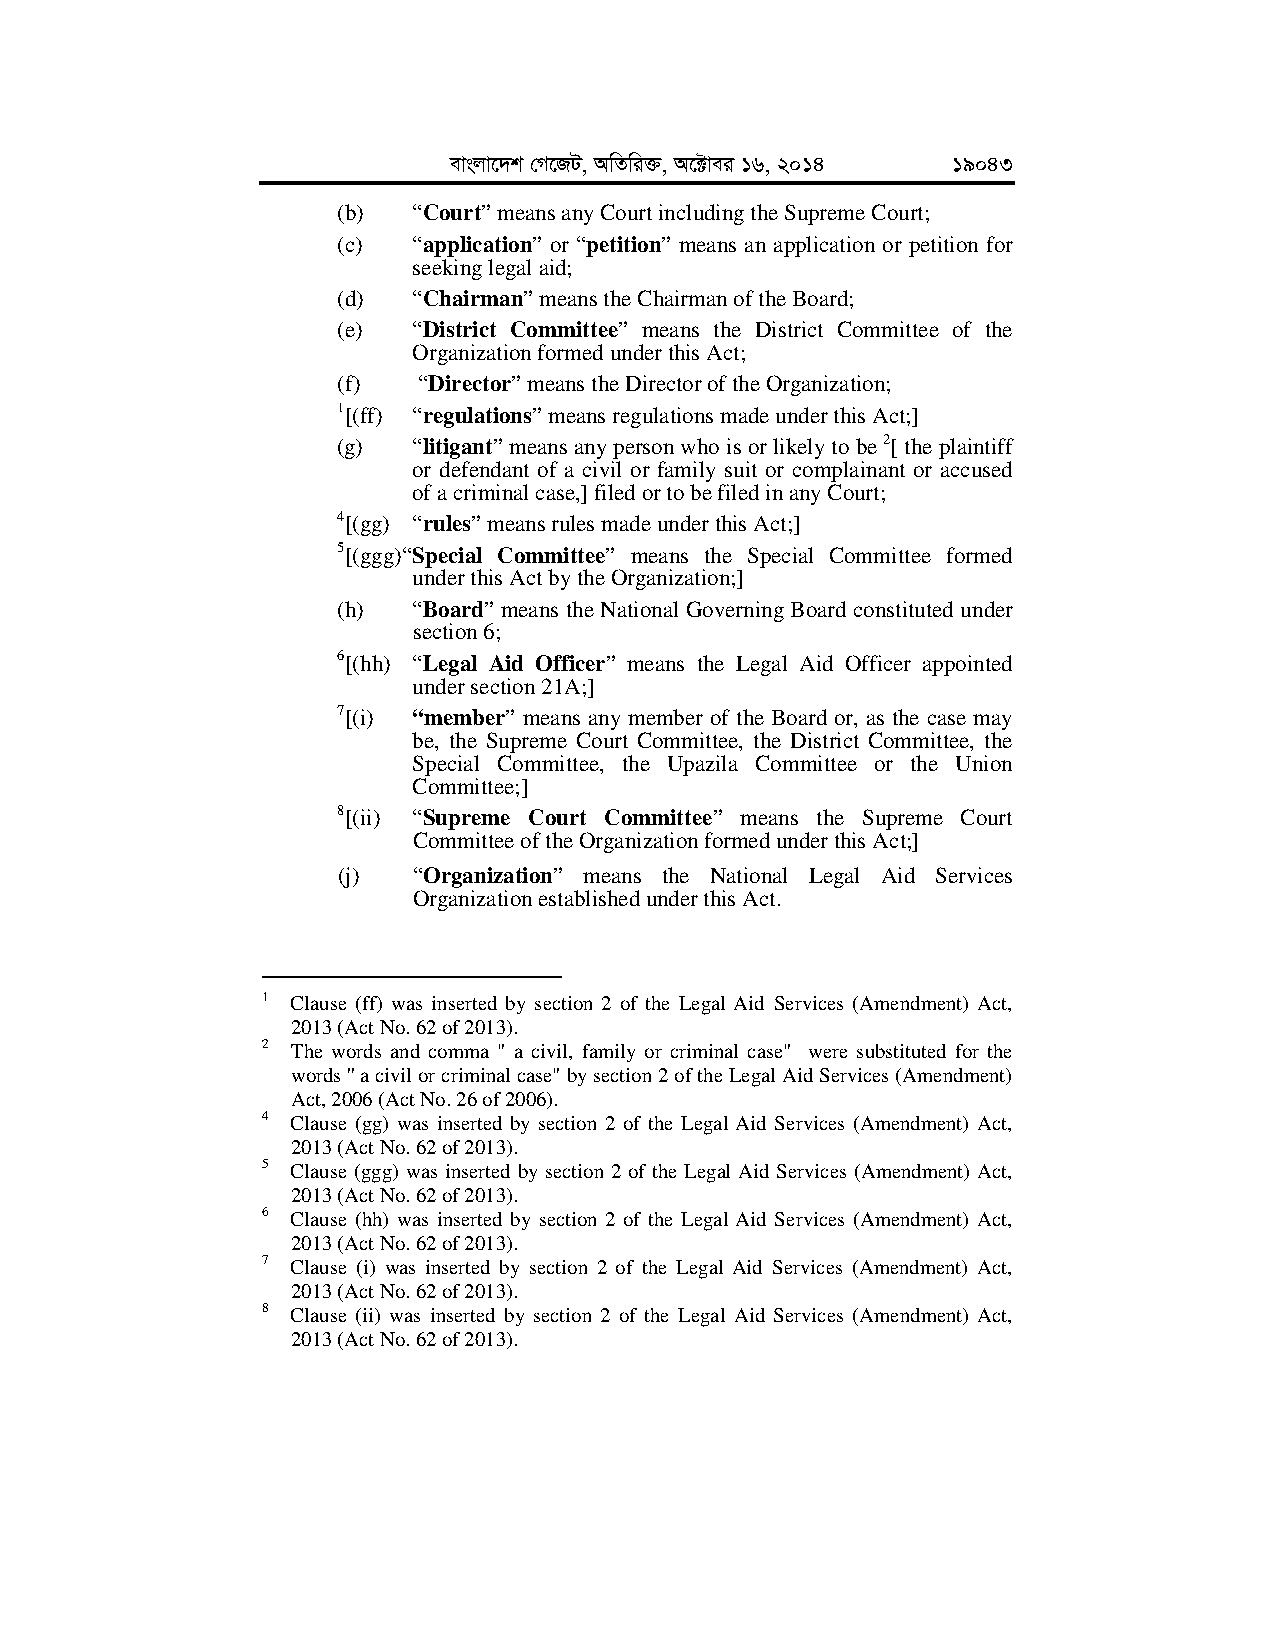
evsjv‡`k †M‡RU, AwZwi³, A‡±vei 16, 2014 19043
 (b)  “Court” means any Court including the Supreme Court;
 (c)  “application” or “petition” means an application or petition for
 seeking legal aid;
 (d)  “Chairman” means the Chairman of the Board;
 (e)  “District Committee” means the District Committee of the
 Organization formed under this Act;
 (f)   “Director” means the Director of the Organization;
 1[(ff) “regulations” means regulations made under this Act;]
 (g)  “litigant” means any person who is or likely to be 2[ the plaintiff
 or defendant of a civil or family suit or complainant or accused
 of a criminal case,] filed or to be filed in any Court;
 4[(gg) “rules” means rules made under this Act;]
 5[(ggg)“Special Committee” means the Special Committee formed
 under this Act by the Organization;]
 (h)  “Board” means the National Governing Board constituted under
 section 6;
 6[(hh) “Legal Aid Officer” means the Legal Aid Officer appointed
 under section 21A;]
 7[(i) “member” means any member of the Board or, as the case may
 be, the Supreme Court Committee, the District Committee, the
 Special Committee, the Upazila Committee or the Union
 Committee;]
 8[(ii) “Supreme Court Committee” means the Supreme Court
 Committee of the Organization formed under this Act;]
 (j)  “Organization” means the National Legal Aid Services
 Organization established under this Act.
 1 Clause (ff) was inserted by section 2 of the Legal Aid Services (Amendment) Act,
 2013 (Act No. 62 of 2013).
 2 The words and comma " a civil, family or criminal case" were substituted for the
 words '' a civil or criminal case" by section 2 of the Legal Aid Services (Amendment)
 Act, 2006 (Act No. 26 of 2006).
 4 Clause (gg) was inserted by section 2 of the Legal Aid Services (Amendment) Act,
 2013 (Act No. 62 of 2013).
 5 Clause (ggg) was inserted by section 2 of the Legal Aid Services (Amendment) Act,
 2013 (Act No. 62 of 2013).
 6 Clause (hh) was inserted by section 2 of the Legal Aid Services (Amendment) Act,
 2013 (Act No. 62 of 2013).
 7 Clause (i) was inserted by section 2 of the Legal Aid Services (Amendment) Act,
 2013 (Act No. 62 of 2013).
 8 Clause (ii) was inserted by section 2 of the Legal Aid Services (Amendment) Act,
 2013 (Act No. 62 of 2013).